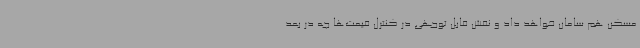
مسکن هم سامان خواهد داد و نقش قابل توجهی در کنترل قیمت‌ها چه در بعد